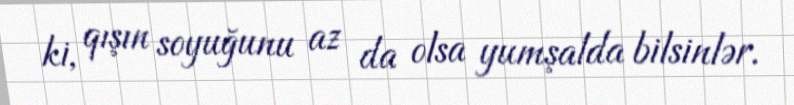
ki, qışın soyuğunu az da olsa yumşalda bilsinlər.